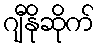
ဂျီနိုဆိုက်